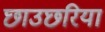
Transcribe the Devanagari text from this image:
छाउछरिया